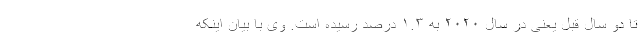
تا دو سال قبل یعنی در سال ۲۰۲۰ به ۱.۳ درصد رسیده است. وی با بیان اینکه